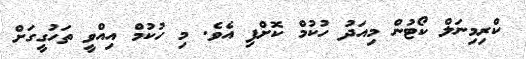
ކްރިމިނަލް ކޯޓުން މިއަދު ހުކުމް ކޮށްފި އެވެ. މި ހުކުމް އިއްްވީ ތަހުގީގަށް